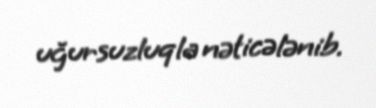
uğursuzluqla nəticələnib.